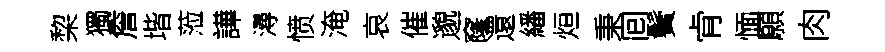
棃獨詹堦蒞譁潯愤淹哀催邈窿還繙烜秉囘鬢肻愐願肉